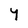
Character: Y